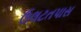
ઉલટતપાસ